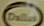
dallas